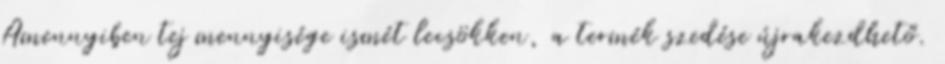
Amennyiben tej mennyisége ismét lecsökken, a termék szedése újrakezdhető.